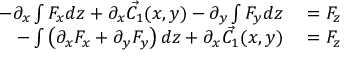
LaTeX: \begin{array} { r l } { - \partial _ { x } \int F _ { x } d z + \partial _ { x } { \vec { C _ { 1 } } } ( x , y ) - \partial _ { y } \int F _ { y } d z } & { { } = F _ { z } } \\ { - \int \left( \partial _ { x } F _ { x } + \partial _ { y } F _ { y } \right) d z + \partial _ { x } { \vec { C _ { 1 } } } ( x , y ) } & { { } = F _ { z } } \end{array}